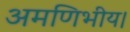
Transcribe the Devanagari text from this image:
अमणिभीय।